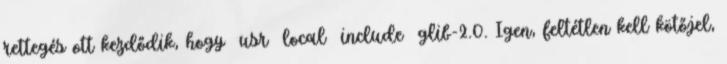
rettegés ott kezdődik, hogy usr local include glib-2.0. Igen, feltétlen kell kötőjel,